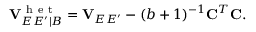
\mathbf { V } _ { E E ^ { \prime } | B } ^ { \mathrm { ~ h ~ e ~ t ~ } } = \mathbf { V } _ { E E ^ { \prime } } - ( b + 1 ) ^ { - 1 } \mathbf { C } ^ { T } \mathbf { C } .